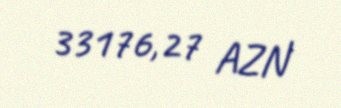
33176,27 AZN